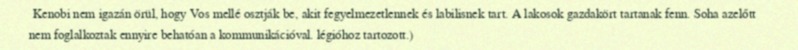
Kenobi nem igazán örül, hogy Vos mellé osztják be, akit fegyelmezetlennek és labilisnek tart. A lakosok gazdakört tartanak fenn. Soha azelőtt nem foglalkoztak ennyire behatóan a kommunikációval. légióhoz tartozott.)